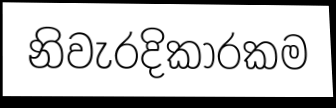
නිවැරදිකාරකම